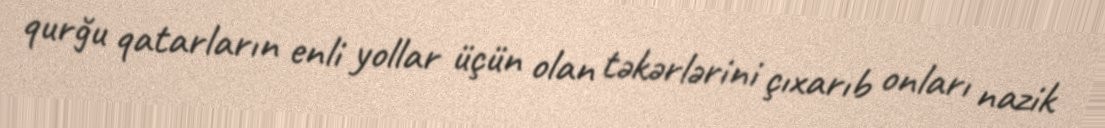
qurğu qatarların enli yollar üçün olan təkərlərini çıxarıb onları nazik